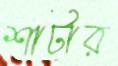
শার্টার